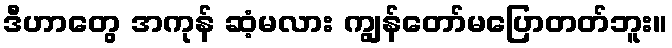
ဒီဟာတွေ အကုန် ဆံ့မလား ကျွန်တော်မပြောတတ်ဘူး။